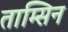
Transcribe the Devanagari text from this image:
ताम्सिन